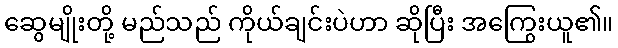
ဆွေမျိုးတို့ မည်သည် ကိုယ်ချင်းပဲဟာ ဆိုပြီး အကြွေးယူ၏။